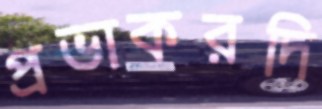
প্রভাকরদি